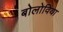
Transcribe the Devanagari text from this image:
बोलोविया